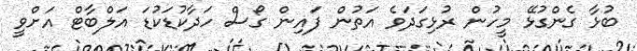
ބުޅާ ގެންގުޅޭ މީހުން ރުޅިގަދަވެ އަތުން ފައިން ގޯސް ހަދާކުޑަކުޑަ އަލްބާޓް އަށްވީ